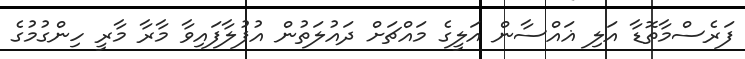
ފަރެސްމާތޮޑާ އަލި ޣައްސާން އަލީގެ މައްޗަށް ދައުލަތުން އުފުލާފައިވާ މާރާ މާރީ ހިންގުމުގެ